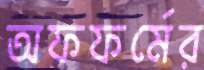
অফফর্মের